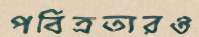
পবিত্রতারও